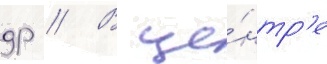
др // В це́нтр'е